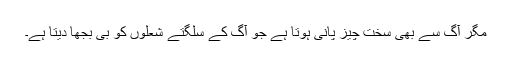
مگر آگ سے بھی سخت چیز پانی ہوتا ہے جو آگ کے سلگتے شعلوں کو بی بجھا دیتا ہے۔